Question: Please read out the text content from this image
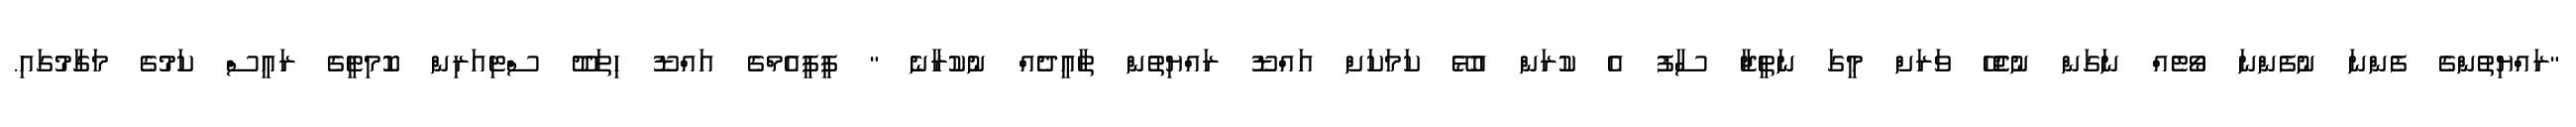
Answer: "ރައްޔިތުންގެ ފެންނަ ނުފެންނަ ވޯޓެއް ނަގަން ނުޖެހޭ ވަރަށް މީގަ ނަތީޖާ ސާފު އެ ކުރަން އުޅޭ ކަމަކަށް އައްޑޫ ރައްޔިތުން ތާއީދެއް ނުކުރާނެ " ޕީޕީއެމްގެ އައްޑޫ ހިތަދޫ ސްޓިއަރިން ކޮމިޓީގެ ރައީސް ކަމުގެ މަގާމުގައި.